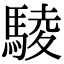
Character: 䮚